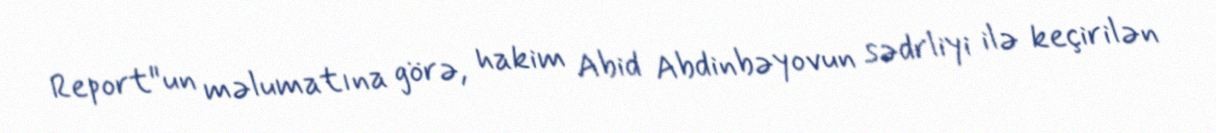
Report"un məlumatına görə, hakim Abid Abdinbəyovun sədrliyi ilə keçirilən